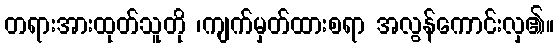
တရားအားထုတ်သူတို ၊ကျက်မှတ်ထားစရာ အလွန်ကောင်းလှ၏။